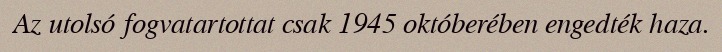
Az utolsó fogvatartottat csak 1945 októberében engedték haza.